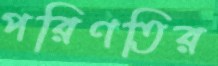
পরিণতির